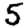
Digit: 5